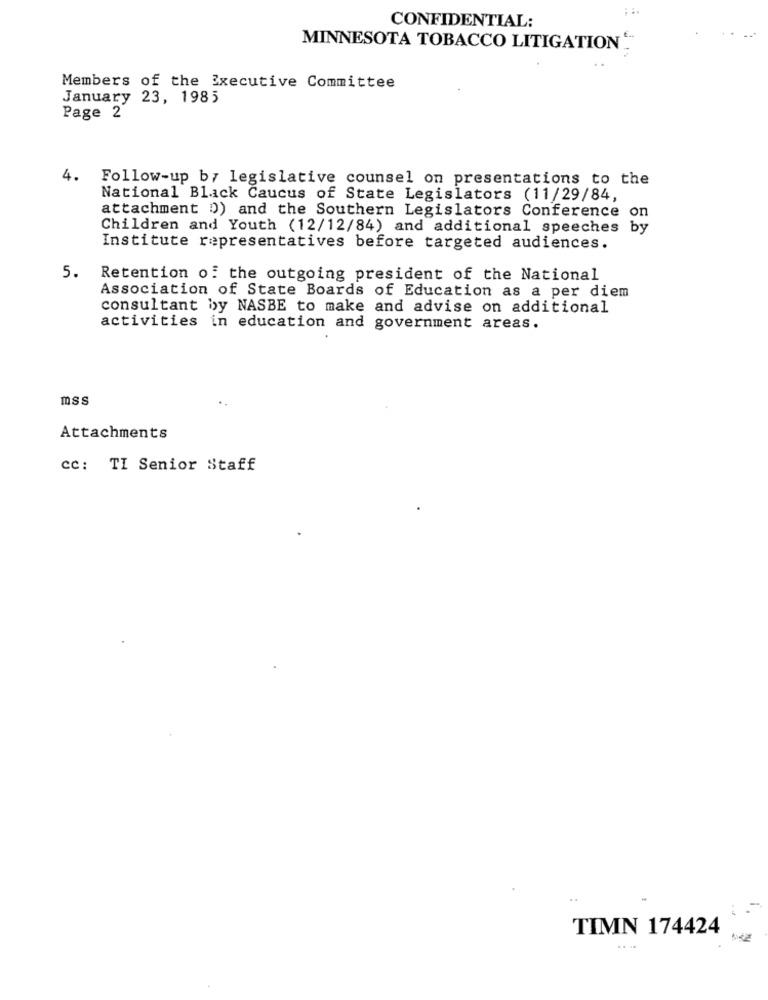
CONFIDENTIAL:
MINNESOTA TOBACCO LITIGATION "
Members of the Executive Committee
January 23, 1985
Page 2
4. Follow-up by legislative counsel on presentations to the
National Black Caucus of State Legislators (11/29/84,
attachment 0)) and the Southern Legislators Conference on
Children and Youth (12/12/84) and additional speeches by
Institute representatives before targeted audiences.
5.
Retention of the outgoing president of the National
Association of State Boards of Education as a per diem
consultant by NASBE to make and advise on additional
activities in education and government areas.
mss
..
Attachments
cc: TI Senior Staff
TIMN 174424